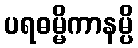
ပရဓမ္မိကာနမ္ပိ